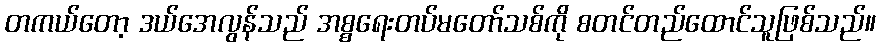
တကယ်တော့ ဒယ်အေလွန်သည် အစ္စရေးတပ်မတော်သစ်ကို စတင်တည်ထောင်သူဖြစ်သည်။